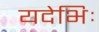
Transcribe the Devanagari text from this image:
यदेभिः